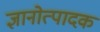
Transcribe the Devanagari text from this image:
ज्ञानोत्पादक